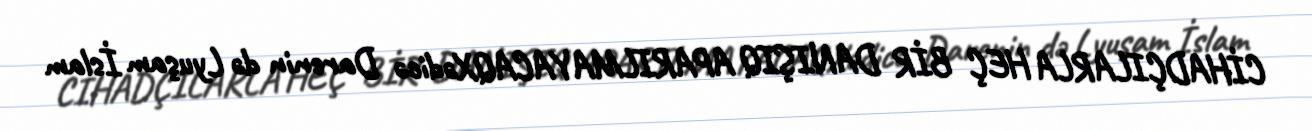
CİHADÇILARLA HEÇ BİR DANIŞIQ APARILMAYACAQXədicə Darenin də Lyuşam İslam